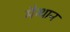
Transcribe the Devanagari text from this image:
मैन्थान